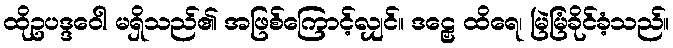
ထိုဥပဒ္ဒဝေါ မရှိသည်၏ အဖြစ်ကြောင့်လျှင်။ ဒဠှေ ထိရေ၊ မြဲမြံခိုင်ခံ့သည်။